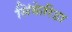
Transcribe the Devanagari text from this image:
सिंकेरिडा